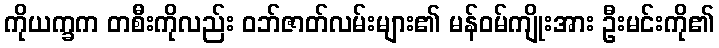
ကိုယက္ခက တစီးကိုလည်း ဝဘ်ဇာတ်လမ်းများ၏ မန်ဝမ်ကျိုးအား ဦးမင်းကို၏